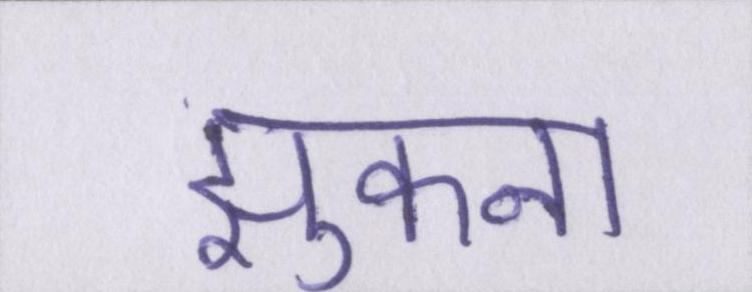
झुकना